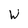
Character: W